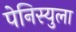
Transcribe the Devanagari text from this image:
पेनिस्युला